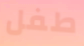
طفل